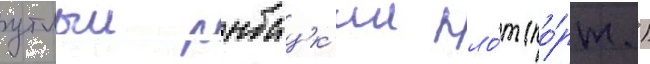
утлыи рыбацк'ии пло́т (по́рт.)